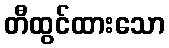
တီထွင်ထားသော